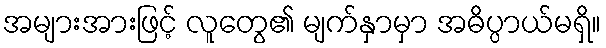
အများအားဖြင့် လူတွေ၏ မျက်နှာမှာ အဓိပ္ပာယ်မရှိ။